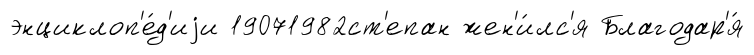
энциклоп'е́д'иjи 19071982ст'епан жен'и́лс'я Благодар'я́